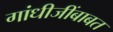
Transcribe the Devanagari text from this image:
गांधीजींबाबत